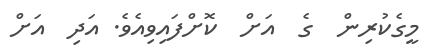
މީގެކުރިން  ގެ  އަށް  ކޮށްފައިވިއެވެ. އަދި  އަށް